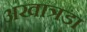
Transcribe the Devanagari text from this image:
अखात्रडा